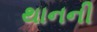
થાનની